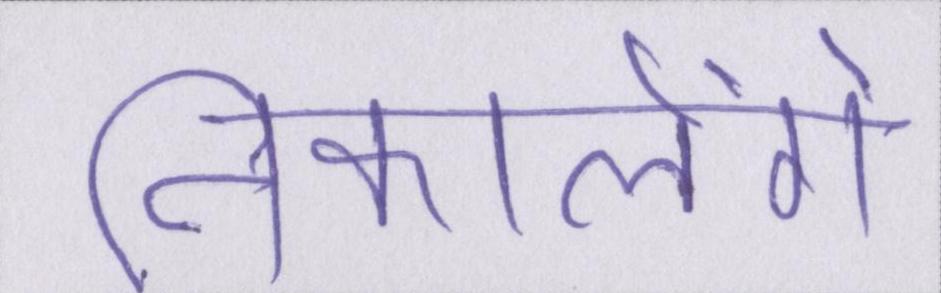
निकालेंगे